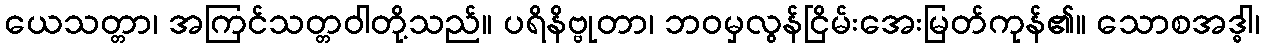
ယေသတ္တာ၊ အကြင်သတ္တဝါတို့သည်။ ပရိနိဗ္ဗုတာ၊ ဘဝမှလွန်ငြိမ်းအေးမြတ်ကုန်၏။ သောစအဒ္ဓါ၊